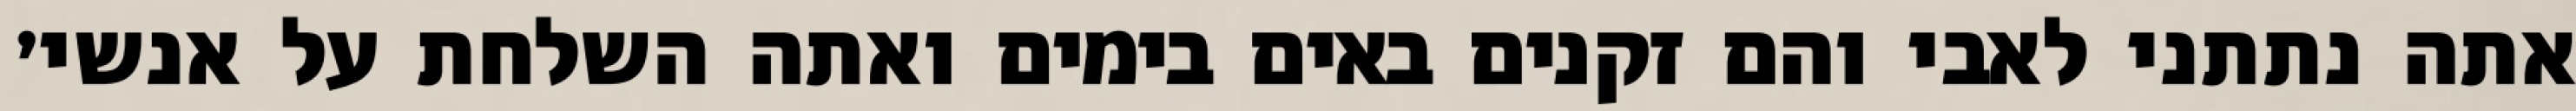
אתה נתתני לאבי והם זקנים באים בימים ואתה השלחת על אנשי׳